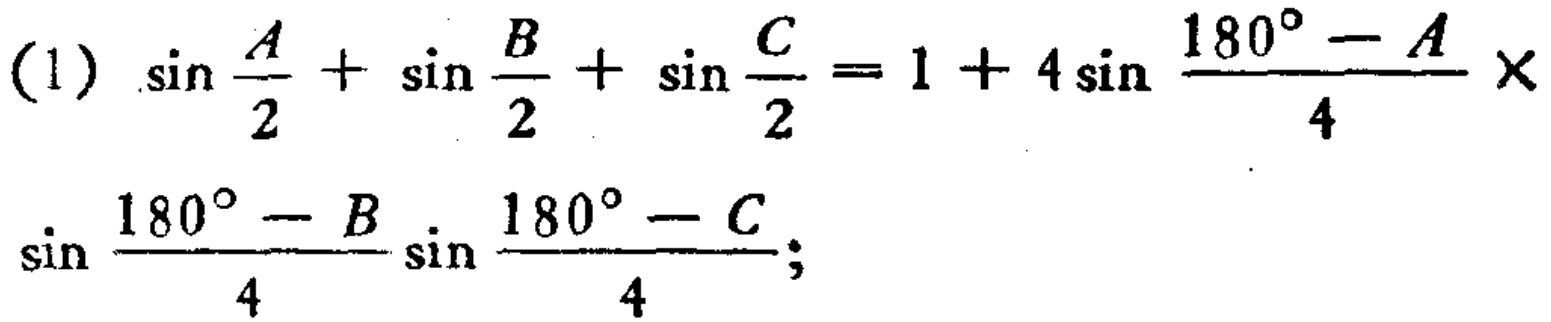
\((1)\ \sin\frac{A}{2}+\sin\frac{B}{2}+\sin\frac{C}{2}=1 + 4\sin\frac{180^{\circ}-A}{4}\times\sin\frac{180^{\circ}-B}{4}\sin\frac{180^{\circ}-C}{4}\)